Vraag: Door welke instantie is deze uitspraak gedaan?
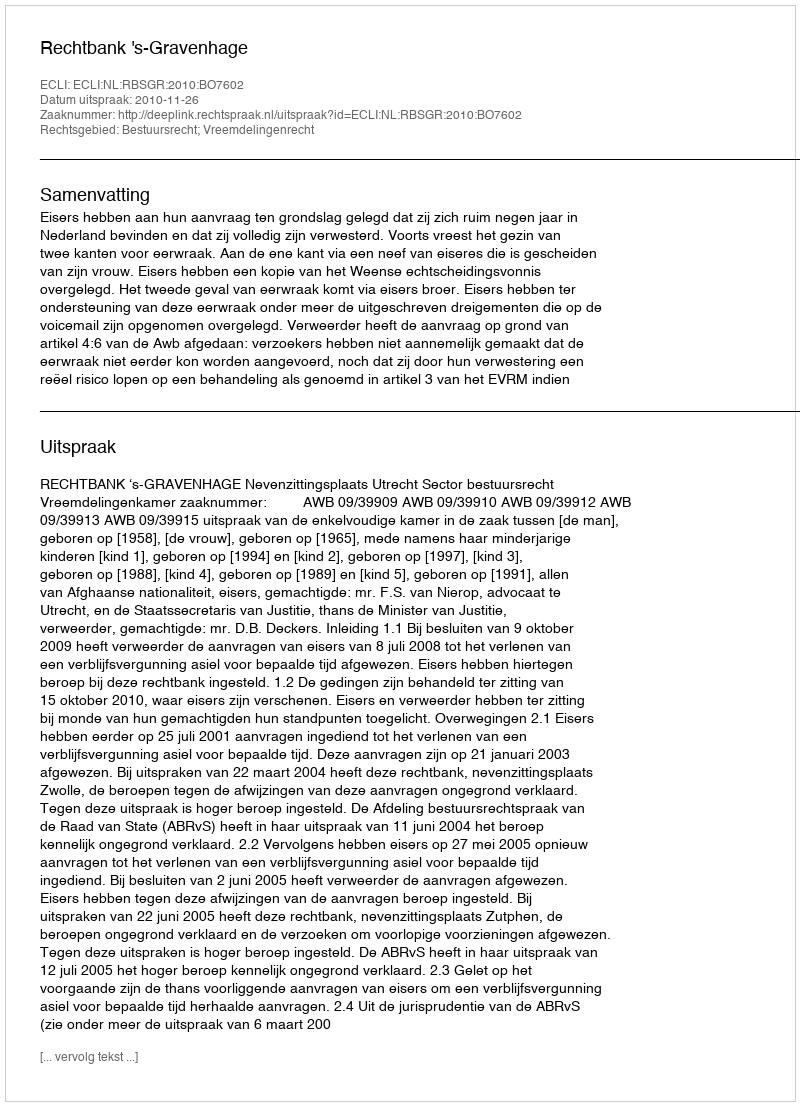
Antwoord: Rechtbank 's-Gravenhage